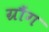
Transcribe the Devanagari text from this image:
ग्रौंग